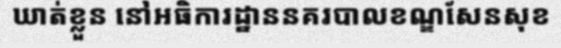
ឃាត់ខ្លួន នៅអធិការដ្ឋាននគរបាលខណ្ឌសែនសុខ